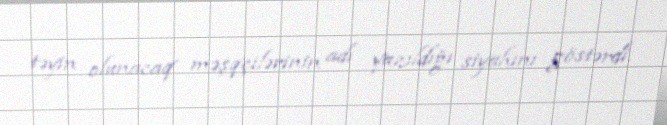
təyin olunacaq məşqçilərinin adı yazıldığı siyahını göstərdi.